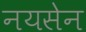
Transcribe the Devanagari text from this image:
नयसेन